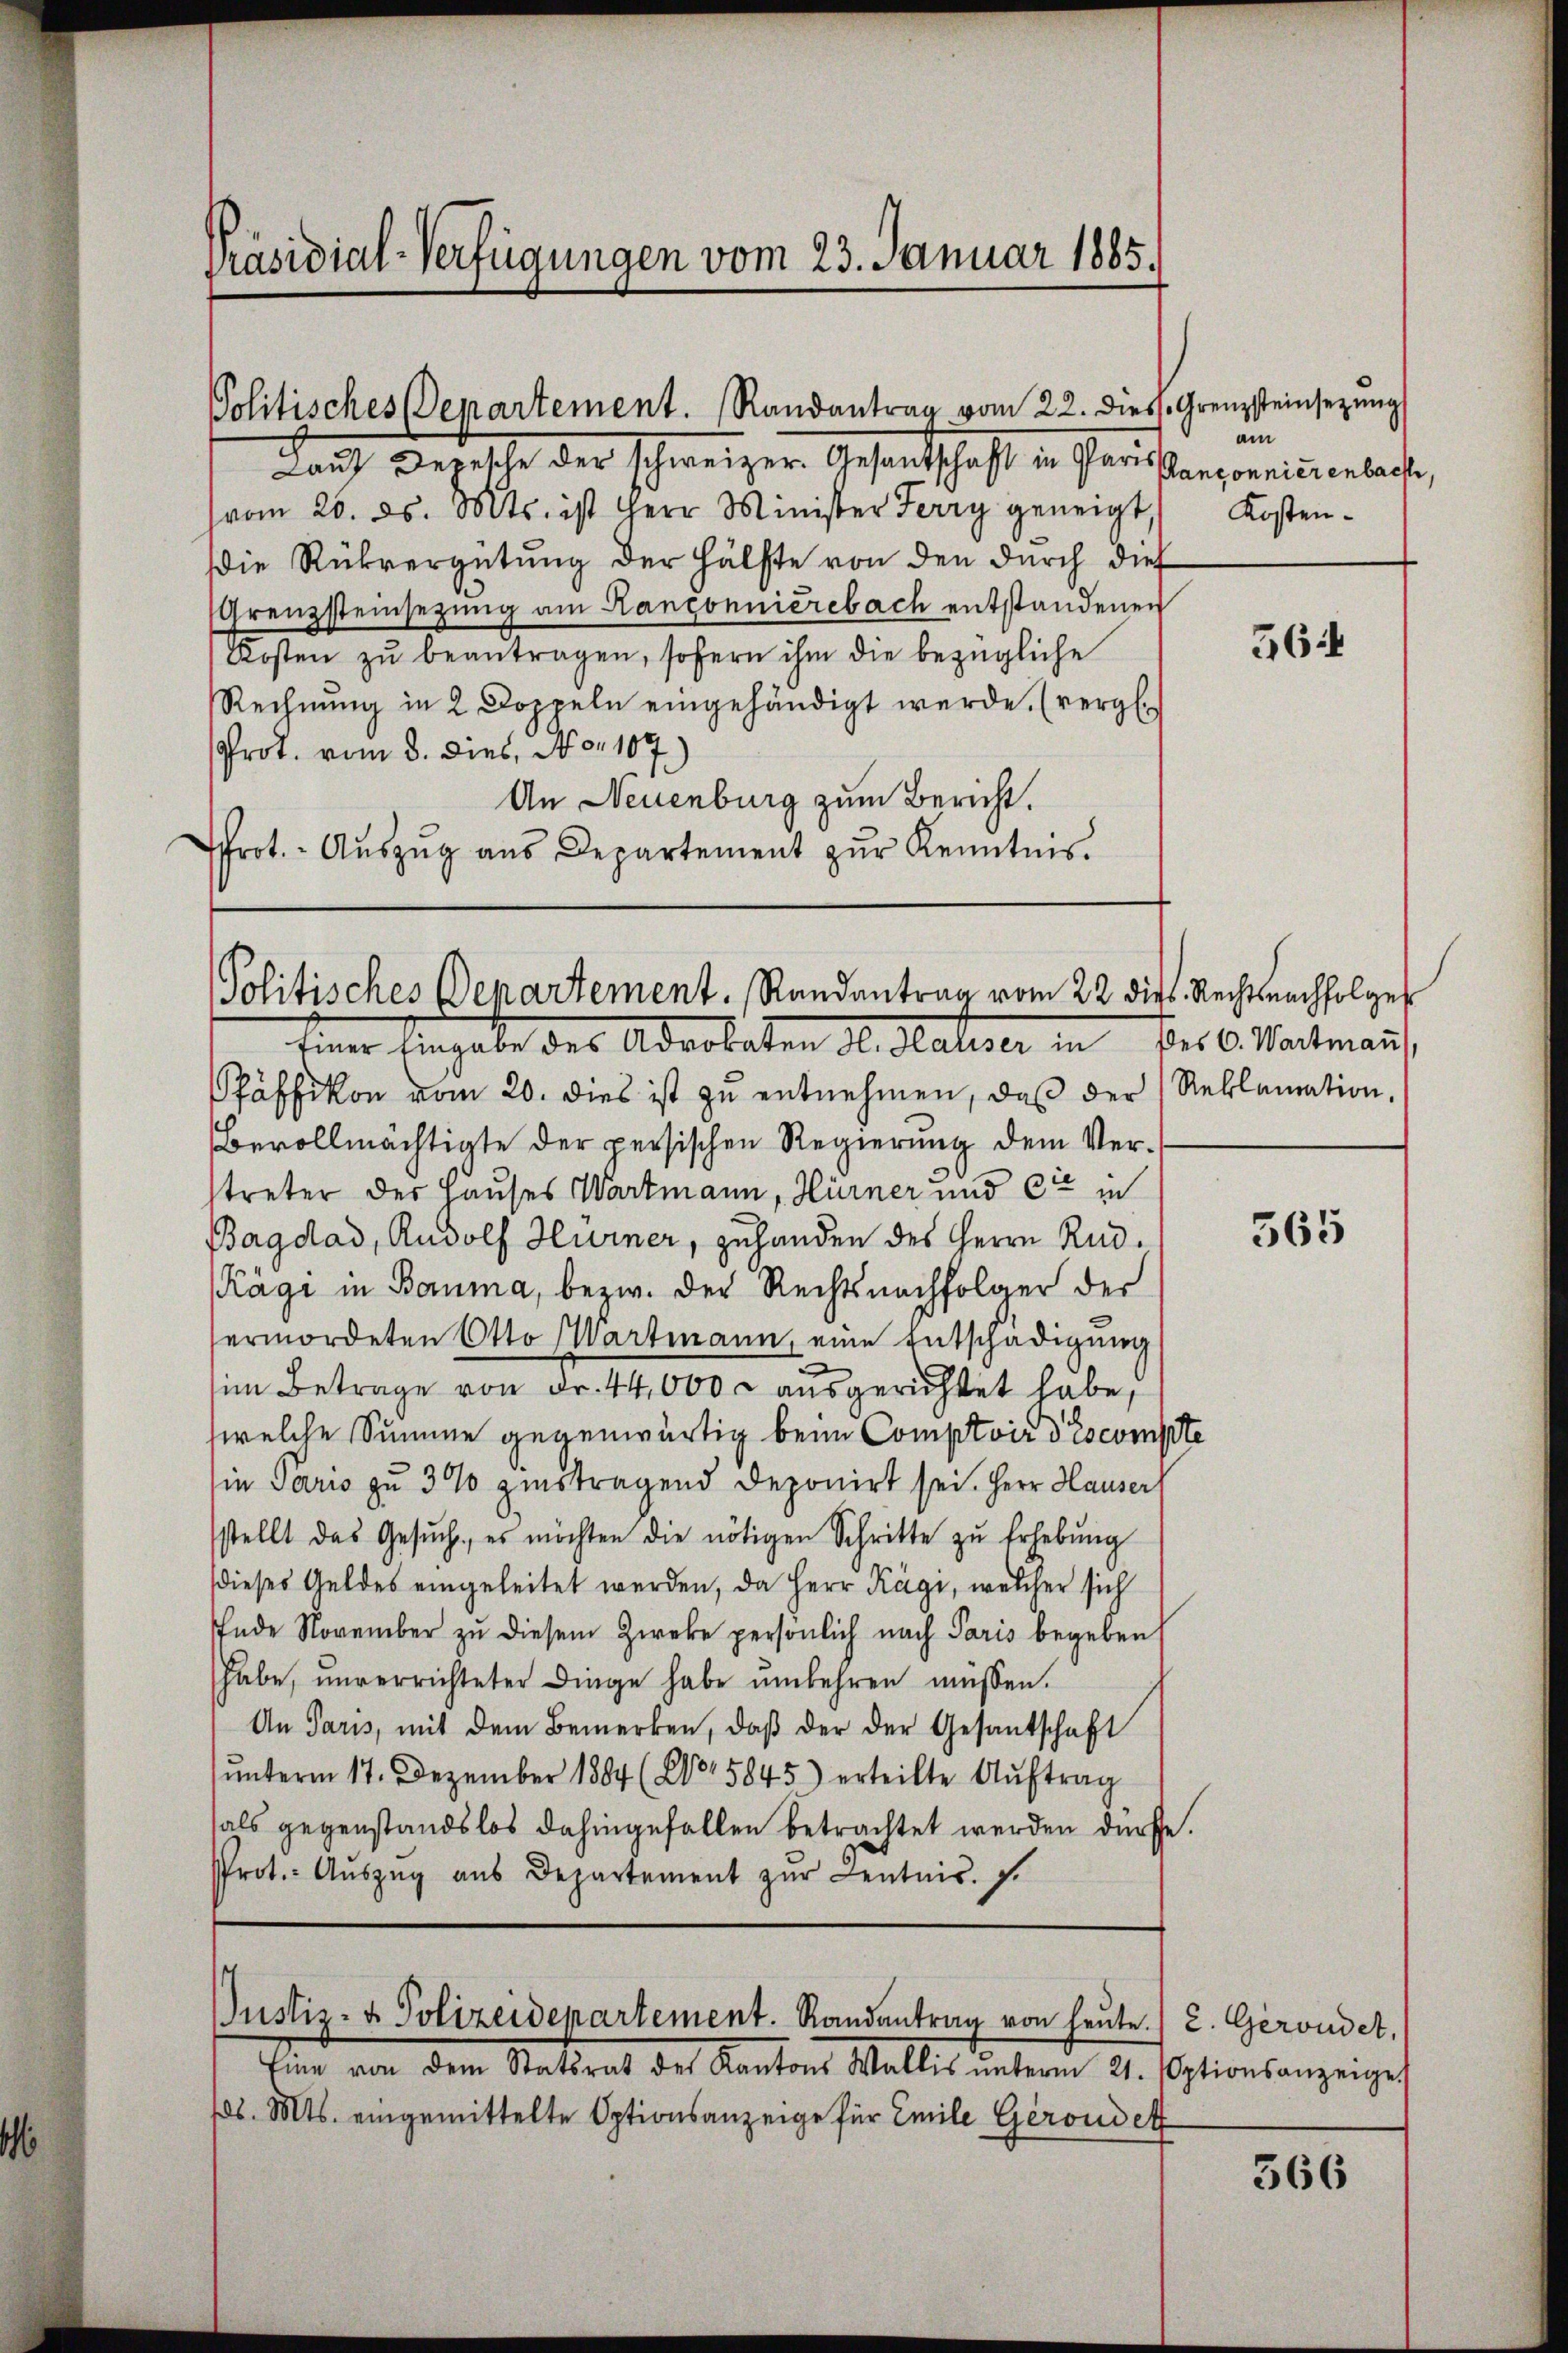
Präsidial-Verfügungen vom 23. Januar 1885.

Politisches Departement. Randantrag vom 22. dies. Grenzsteinsezung
Lauf Depesche der schweizer. Gesandschaft in Paris

Politisches Departement. Randantrag vom 22. die Recht nachfolge
Einer Angabe des Advokaten d. Satiser in des C. Wartmann

vom 20. ds. Mts. ist Herr Minister Ferry geneigt.
Die Rückvergütung der Hälfte von den durch dies
Grenzsteinsezung am Kantonnierebach entstandenen
Kosten zŭ beantragen, sofern ihm die bezügliche
Rechnŭng in 2 Doppeln eingehändigt werde. (vergl.
Prot. vom 8. dies, No. 107.)
An Neuenburg zum Bericht.
rot. Aŭszŭg aŭs Departement zŭr Kenntnis.

Pfäffikon vom 20. dies ist zu entnehmen, daß der
Bevollmächtigte der persischen Regierung dem Verstreter der Hauses Wartmann, Hürner und die in
Bagdad, Rudolf Hurner, zuhanden des Herrn Rud.
Kägi in Bomma, bezw. der Rechtsnachfolger der
ermordeten Otto Wartmann, eine Entschädigung
im Betrage von Fr. 44,000 l. ausgerichtet habe,
welche Summe gegenwärtig beim Comptoir descompte
in Paris zu 300 zinstragend deponirt sei. Herr Hauser
stellt das Gesŭch, es möchten die nötigen Schritte zŭ Erhebŭng
dieses Geldes eingeleitet werden, da Herr Kägi, welcher sich
Ende November zŭ diesem Zwecke persönlich nach Paris begeben
habe, unverrichteter Dinge habe ŭmbehren müssen.
An Paris, mit dem Bemerken, daβ der der Gesantschaft
ŭnterm 17. Dezember 1884 (205845) erteilte Aŭftrag
als gegenstandslos dahingefallen betrachtet werden dürfe.
Prot.- Aŭszŭg aŭs Departement zŭr Kentnis. S.

am
Pansonnierenbache,
Kosten.

s
Justiz- & Polizeidepartement. Randantrag von heute.) C. Geroidet,

Eine von dem Statsrat des Kantons Wallis ŭnterm 21. Optionsanzeige
ds. Mts. eingemittelte Optionsanzeige für Emile Geroudet

364

Reklamation.

565

366